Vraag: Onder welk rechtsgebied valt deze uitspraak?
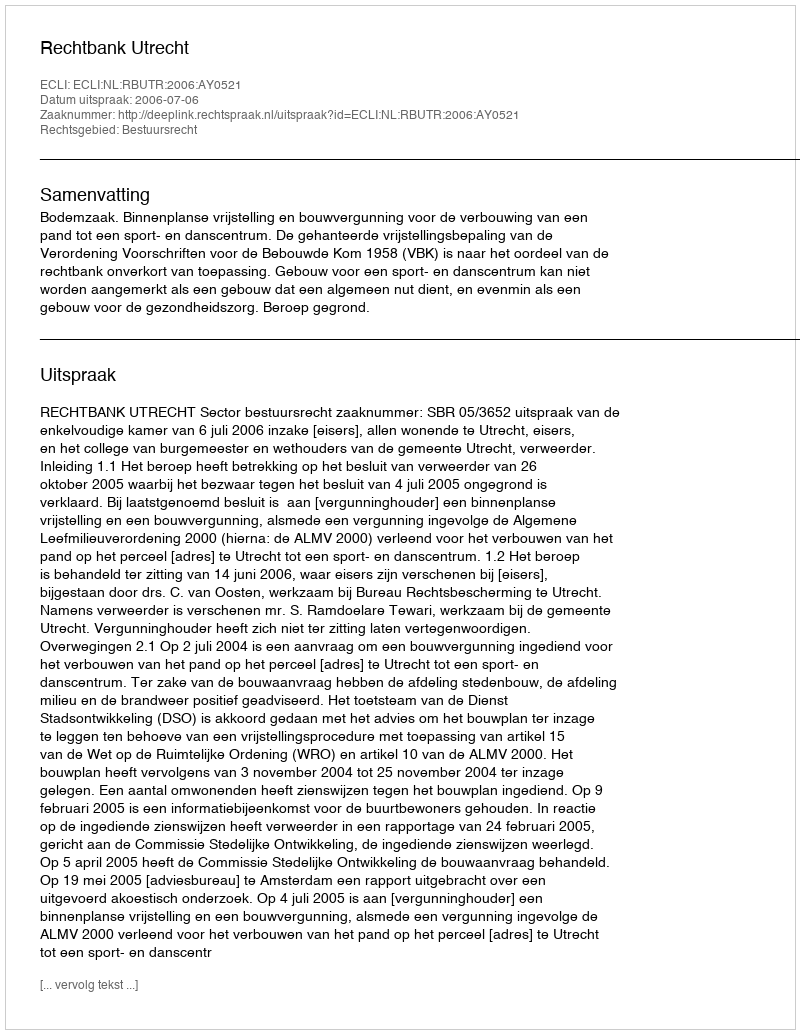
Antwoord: Bestuursrecht